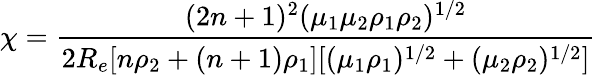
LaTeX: \chi=\frac{(2n+1)^{2}(\mu_{1}\mu_{2}\rho_{1}\rho_{2})^{1/2}}{2R_{e}[n\rho_{2}+(n+1)\rho_{1}][(\mu_{1}\rho_{1})^{1/2}+(\mu_{2}\rho_{2})^{1/2}]}